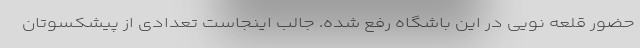
حضور قلعه نویی در این باشگاه رفع شده. جالب اینجاست تعدادی از پیشکسوتان